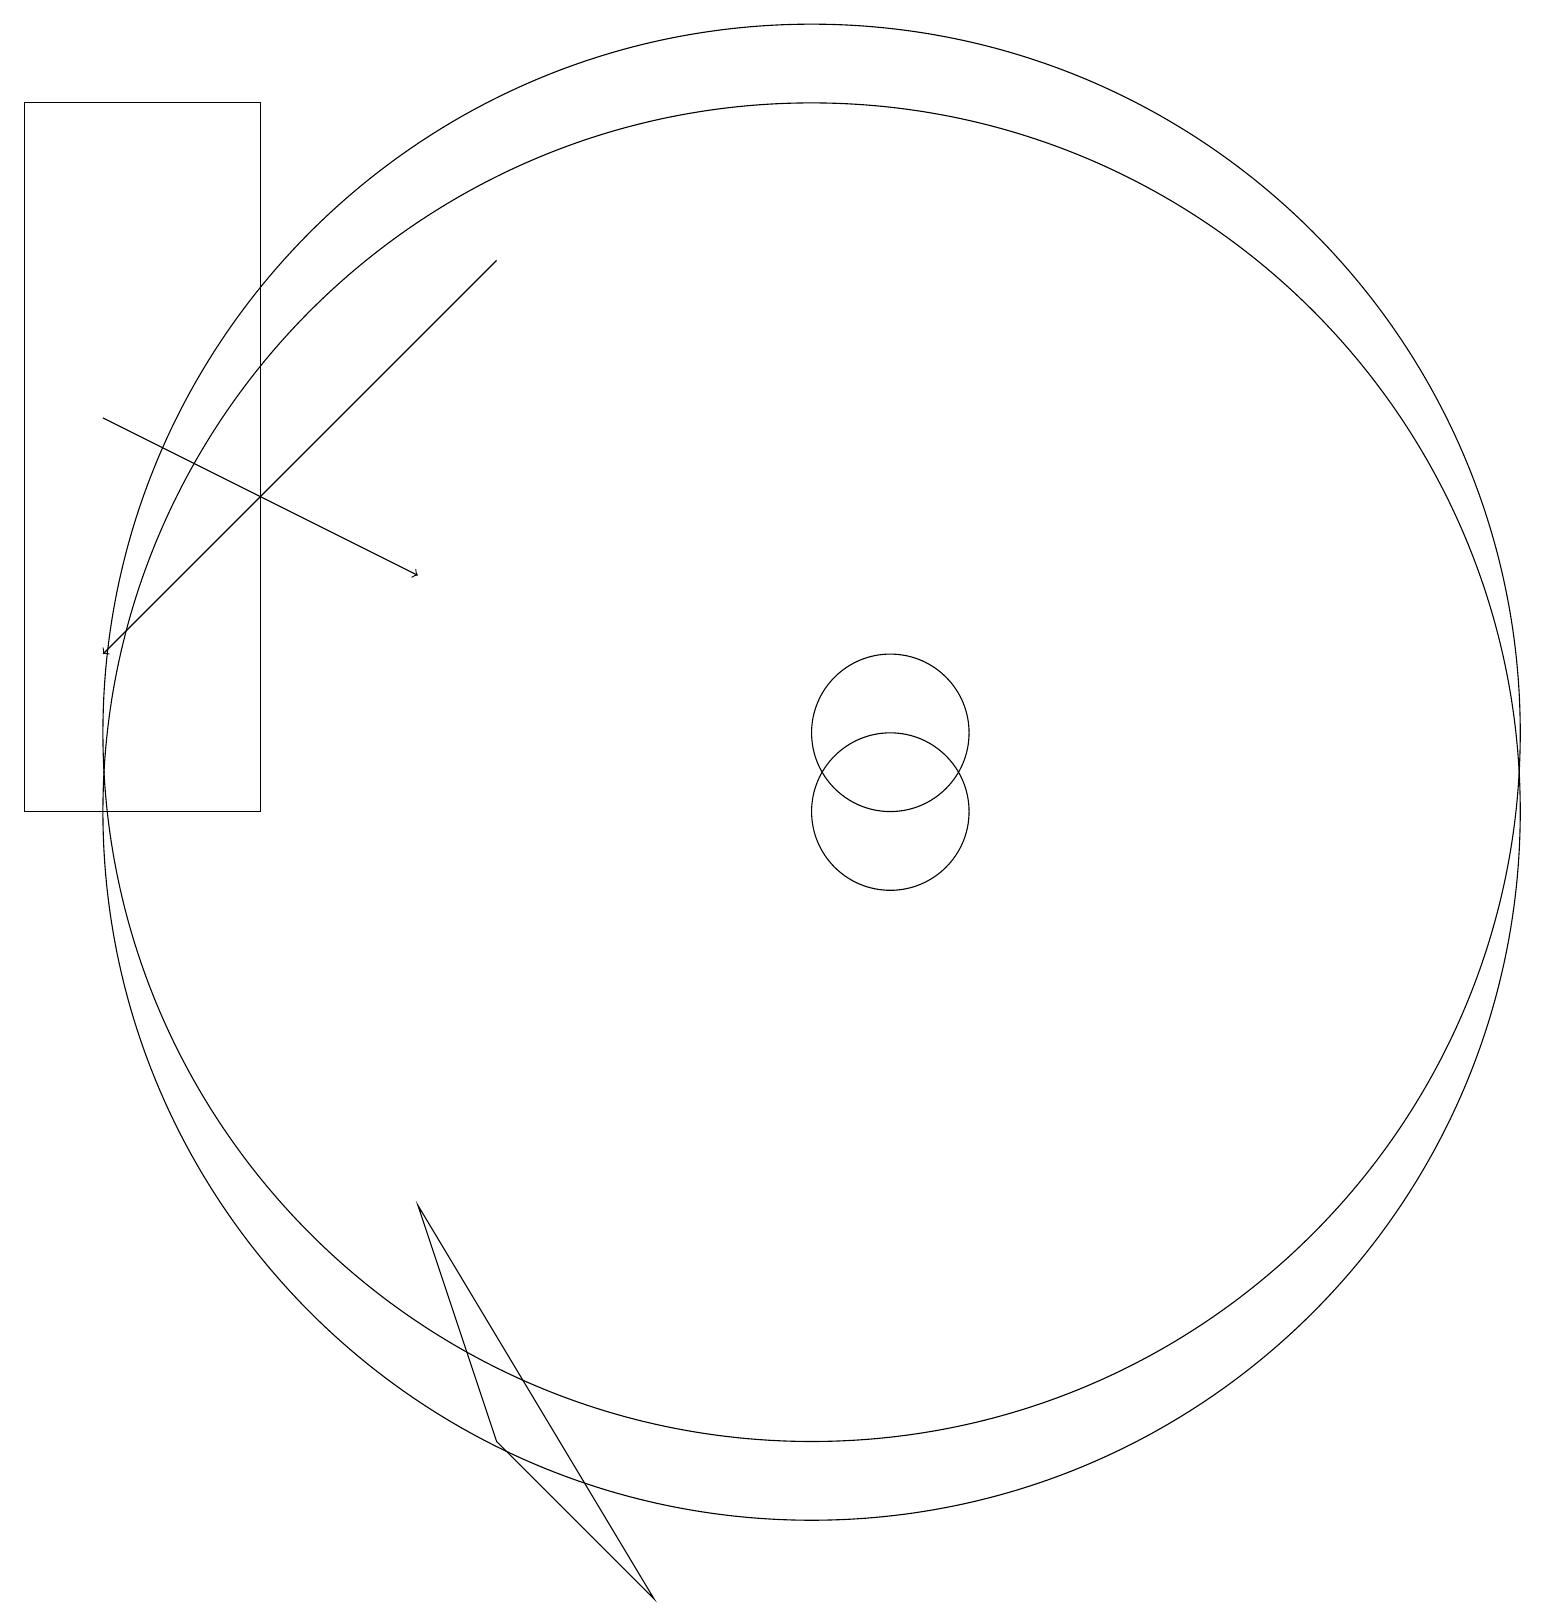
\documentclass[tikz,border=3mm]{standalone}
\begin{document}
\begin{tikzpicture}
\draw (10,11) circle (9);
\draw (11,11) circle (1);
\draw[->] (1,15) -- (5,13);
\draw (0,10) rectangle (3,19);
\draw (10,10) circle (9);
\draw[->] (6,17) -- (1,12);
\draw (11,10) circle (1);
\draw (5,5) -- (6,2) -- (8,0) -- cycle;
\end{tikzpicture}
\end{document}